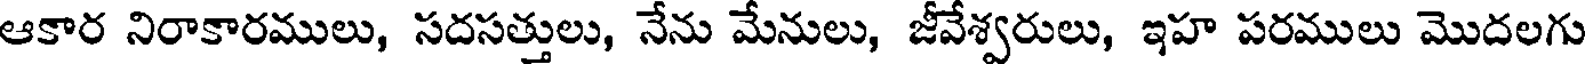
ఆకార నిరాకారములు, సదసత్తులు, నేను మేనులు, జీవేశ్వరులు, ఇహ పరములు మొదలగు